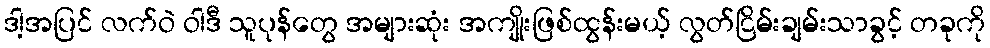
ဒါ့အပြင် လက်ဝဲ ဝါဒီ သူပုန်တွေ အများဆုံး အကျိုးဖြစ်ထွန်းမယ့် လွတ်ငြိမ်းချမ်းသာခွင့် တခုကို